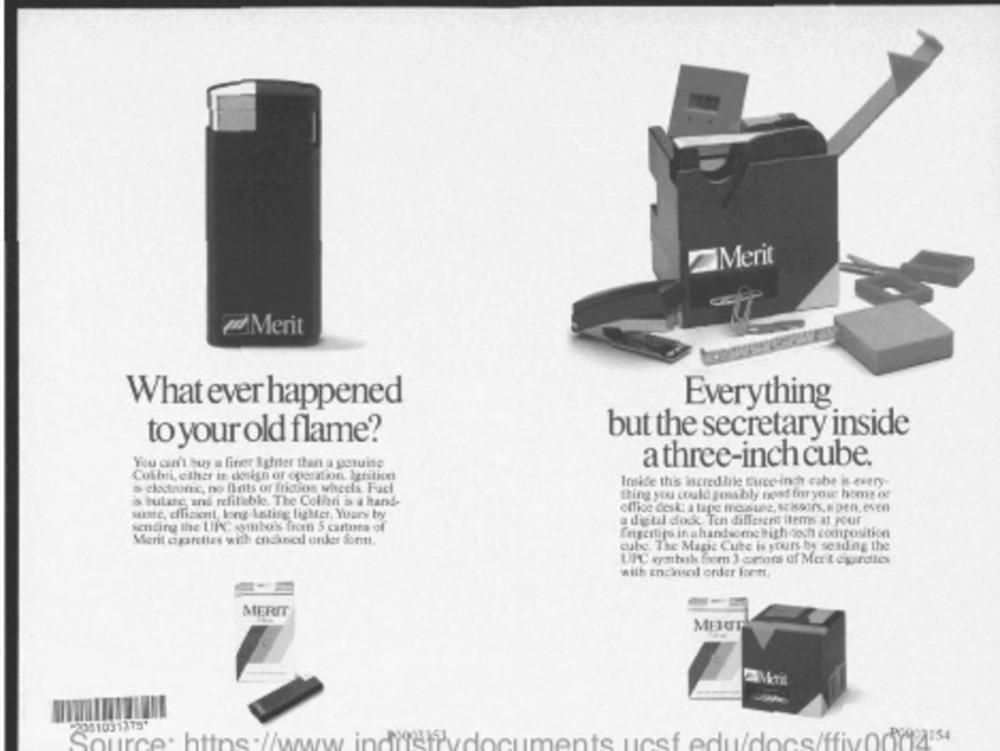
Merit
ed Merit
What ever happened
Everything
but the secretary inside
to your old flame?
athree-inch cube.
You can't buy a finer Ighter than a genuine
Colibri, either in design of operation Igrilice
Inside this incredible three-inch cube i every
's electronic, no fints or fiction wheels. Fucl
thing you could possibly food for your home or
is bulang and refilkbk. The Colini a a hand-
office deski a tape freiste, scissors, e pen.even
sume, efficient long kolitg lighter, Yours by
a dacual dock. Ten different items at your
sending the UPC symbols fron 5 cartons of
fingertips in a handsome high coch composition
Merit cigarettes with endkned onder Somm.
cube. The Magic Cute is yours be sending the
with enchued order form,
MERIT
2081031375*